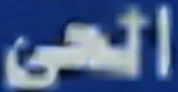
الحى